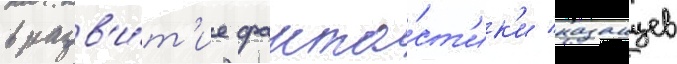
в разв'и́т'ие фанта́ст'ик'и казанцев